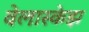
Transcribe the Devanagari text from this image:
वेलास्केझ